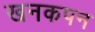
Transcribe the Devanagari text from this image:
खनकपन